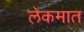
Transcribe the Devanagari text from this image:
लेकमात